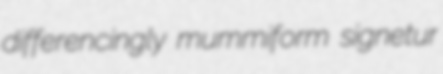
differencingly mummiform signetur